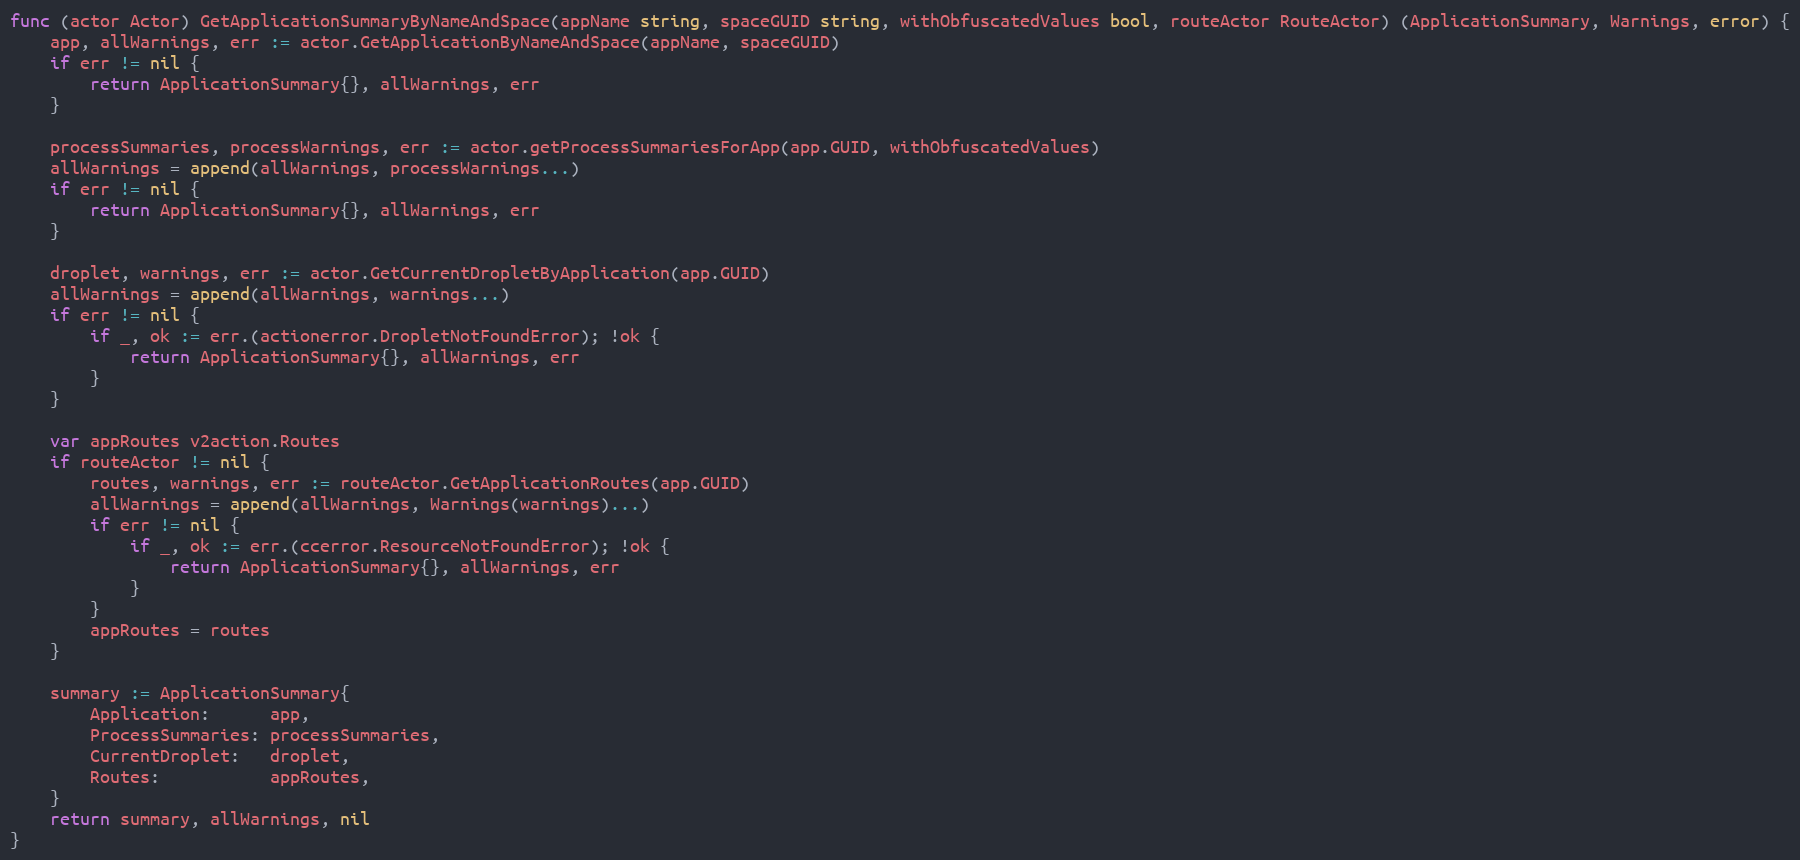
Language: Go
func (actor Actor) GetApplicationSummaryByNameAndSpace(appName string, spaceGUID string, withObfuscatedValues bool, routeActor RouteActor) (ApplicationSummary, Warnings, error) {
	app, allWarnings, err := actor.GetApplicationByNameAndSpace(appName, spaceGUID)
	if err != nil {
		return ApplicationSummary{}, allWarnings, err
	}

	processSummaries, processWarnings, err := actor.getProcessSummariesForApp(app.GUID, withObfuscatedValues)
	allWarnings = append(allWarnings, processWarnings...)
	if err != nil {
		return ApplicationSummary{}, allWarnings, err
	}

	droplet, warnings, err := actor.GetCurrentDropletByApplication(app.GUID)
	allWarnings = append(allWarnings, warnings...)
	if err != nil {
		if _, ok := err.(actionerror.DropletNotFoundError); !ok {
			return ApplicationSummary{}, allWarnings, err
		}
	}

	var appRoutes v2action.Routes
	if routeActor != nil {
		routes, warnings, err := routeActor.GetApplicationRoutes(app.GUID)
		allWarnings = append(allWarnings, Warnings(warnings)...)
		if err != nil {
			if _, ok := err.(ccerror.ResourceNotFoundError); !ok {
				return ApplicationSummary{}, allWarnings, err
			}
		}
		appRoutes = routes
	}

	summary := ApplicationSummary{
		Application:      app,
		ProcessSummaries: processSummaries,
		CurrentDroplet:   droplet,
		Routes:           appRoutes,
	}
	return summary, allWarnings, nil
}